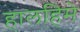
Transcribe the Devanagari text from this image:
हालहिमे